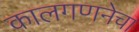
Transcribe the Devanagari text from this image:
कालगणनेचा